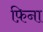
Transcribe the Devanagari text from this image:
फ़िना